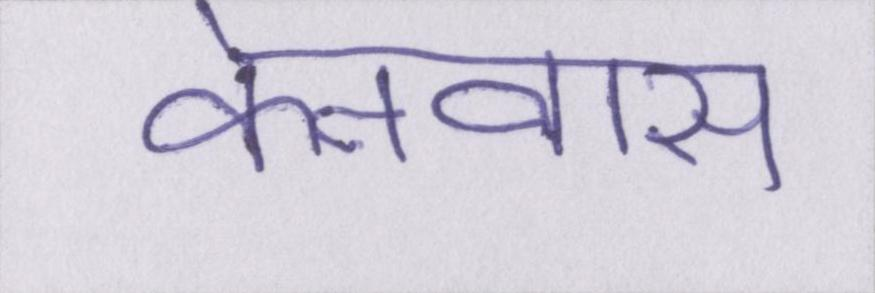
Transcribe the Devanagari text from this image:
केनवास